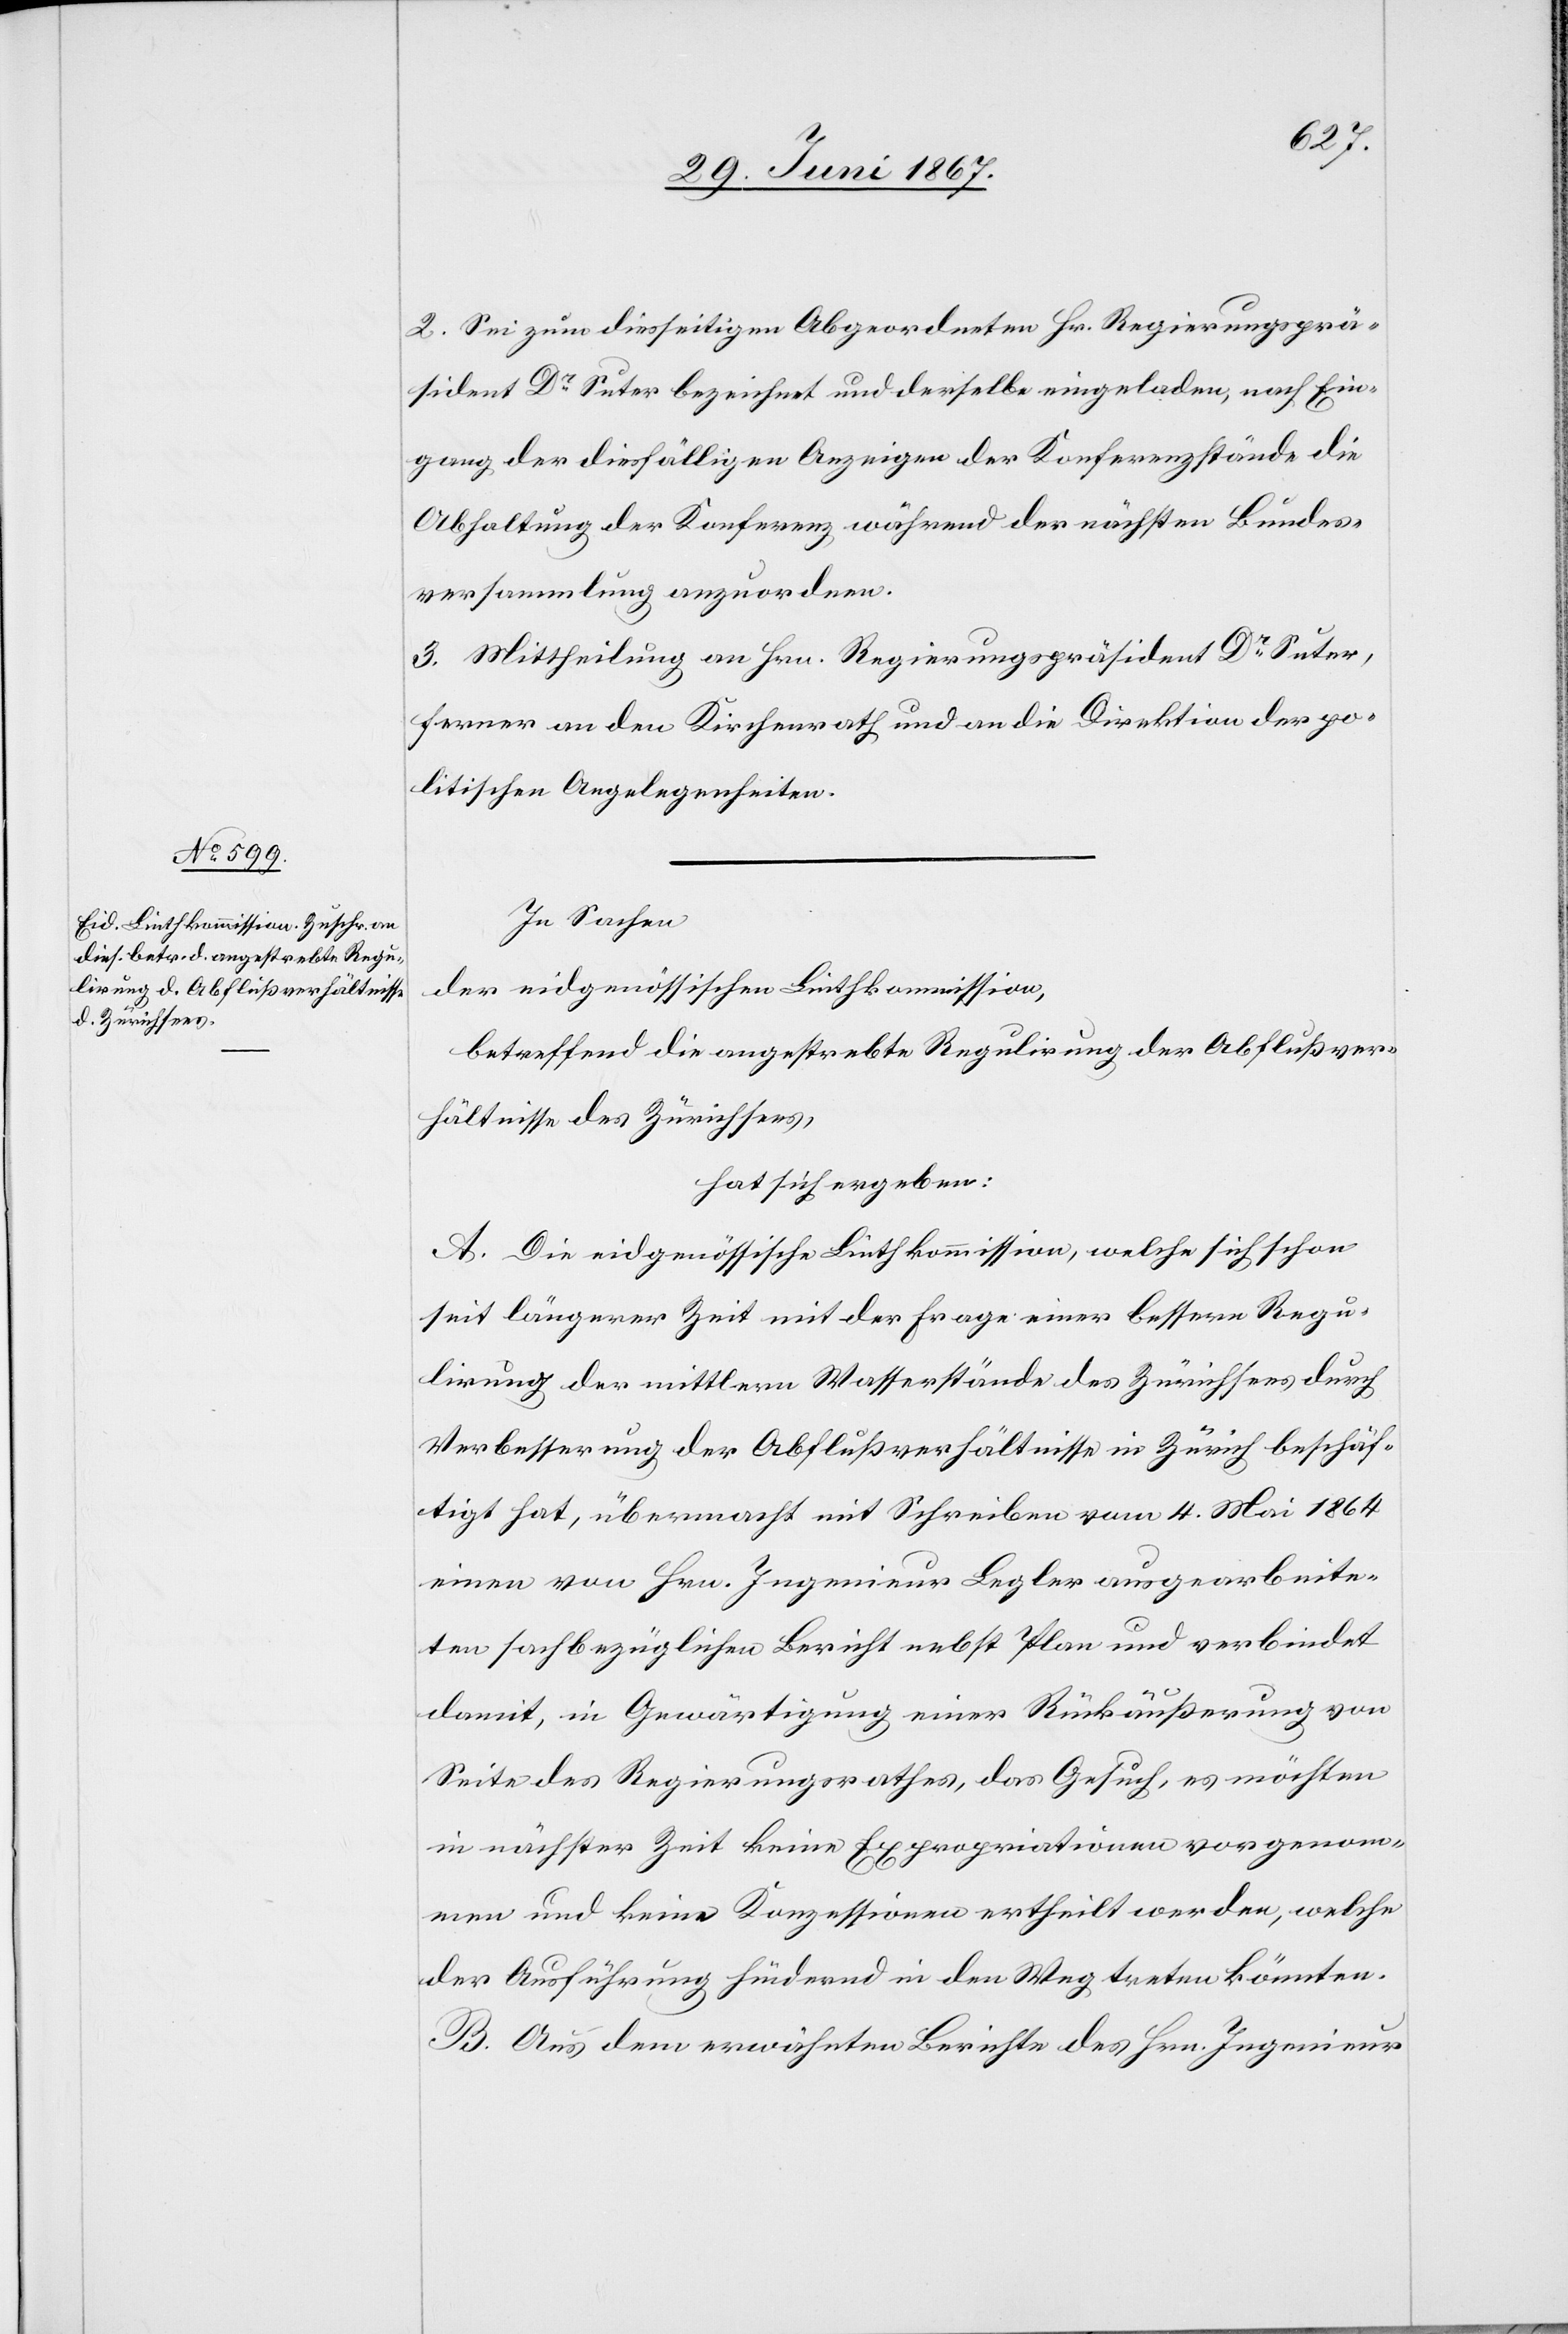
2. Sei zum diesseitigen Abgeordneten Hr. Regierungsprä¬
sident Dr. Suter bezeichnet und derselbe eingeladen, nach Ein¬
gang der diesfälligen Anzeigen der Konferenzstände die
Abhaltung der Konferenz während der nächsten Bundes¬
versammlung anzuordnen.
3. Mittheilung an Hrn. Regierungspräsident Dr. Suter,
ferner an den Kirchenrath und an die Direktion der po¬
litischen Angelegenheiten.
In Sachen
der eidgenössischen Linthkommission,
betreffend die angestrebte Regulirung der Abflußver¬
hältnisse des Zürichsees,
hat sich ergeben:
A: Die eidgenössische Linthkommission, welche sich schon
seit längerer Zeit mit der Frage einer bessern Regu¬
lirung der mittlern Wasserstände des Zürichsees durch
Verbesserung der Abflußverhältnisse in Zürich beschäf¬
tigt hat, übermacht mit Schreiben vom 4. Mai 1864
einen von Hrn. Ingenieur Begler ausgearbeite¬
ten sachbezüglichen Bericht nebst Plan und verbindet
damit, in Gewärtigung einer Rückäußerung von
Seite des Regierungsrathes, das Gesuch, es möchten
in nächster Zeit keine Expropriationen vorgenom¬
men und keine Konzessionen ertheilt werden, welche
der Ausführung hindernd in den Weg treten könnten.
B. Aus dem erwähnten Berichte des Hrn. Ingenieur